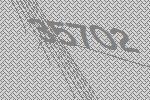
35702